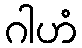
ဂါဟံ